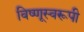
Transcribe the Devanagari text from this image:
विष्णूस्वरूपी